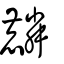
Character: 麟